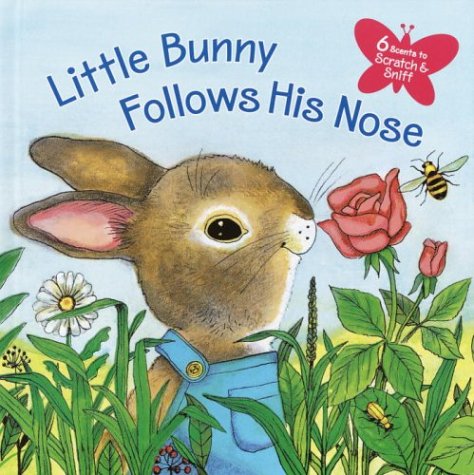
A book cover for Little Bunny Follows His Nose (Scented Storybook); Katherine Howard; Children's Books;